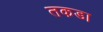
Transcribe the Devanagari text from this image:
तकडा